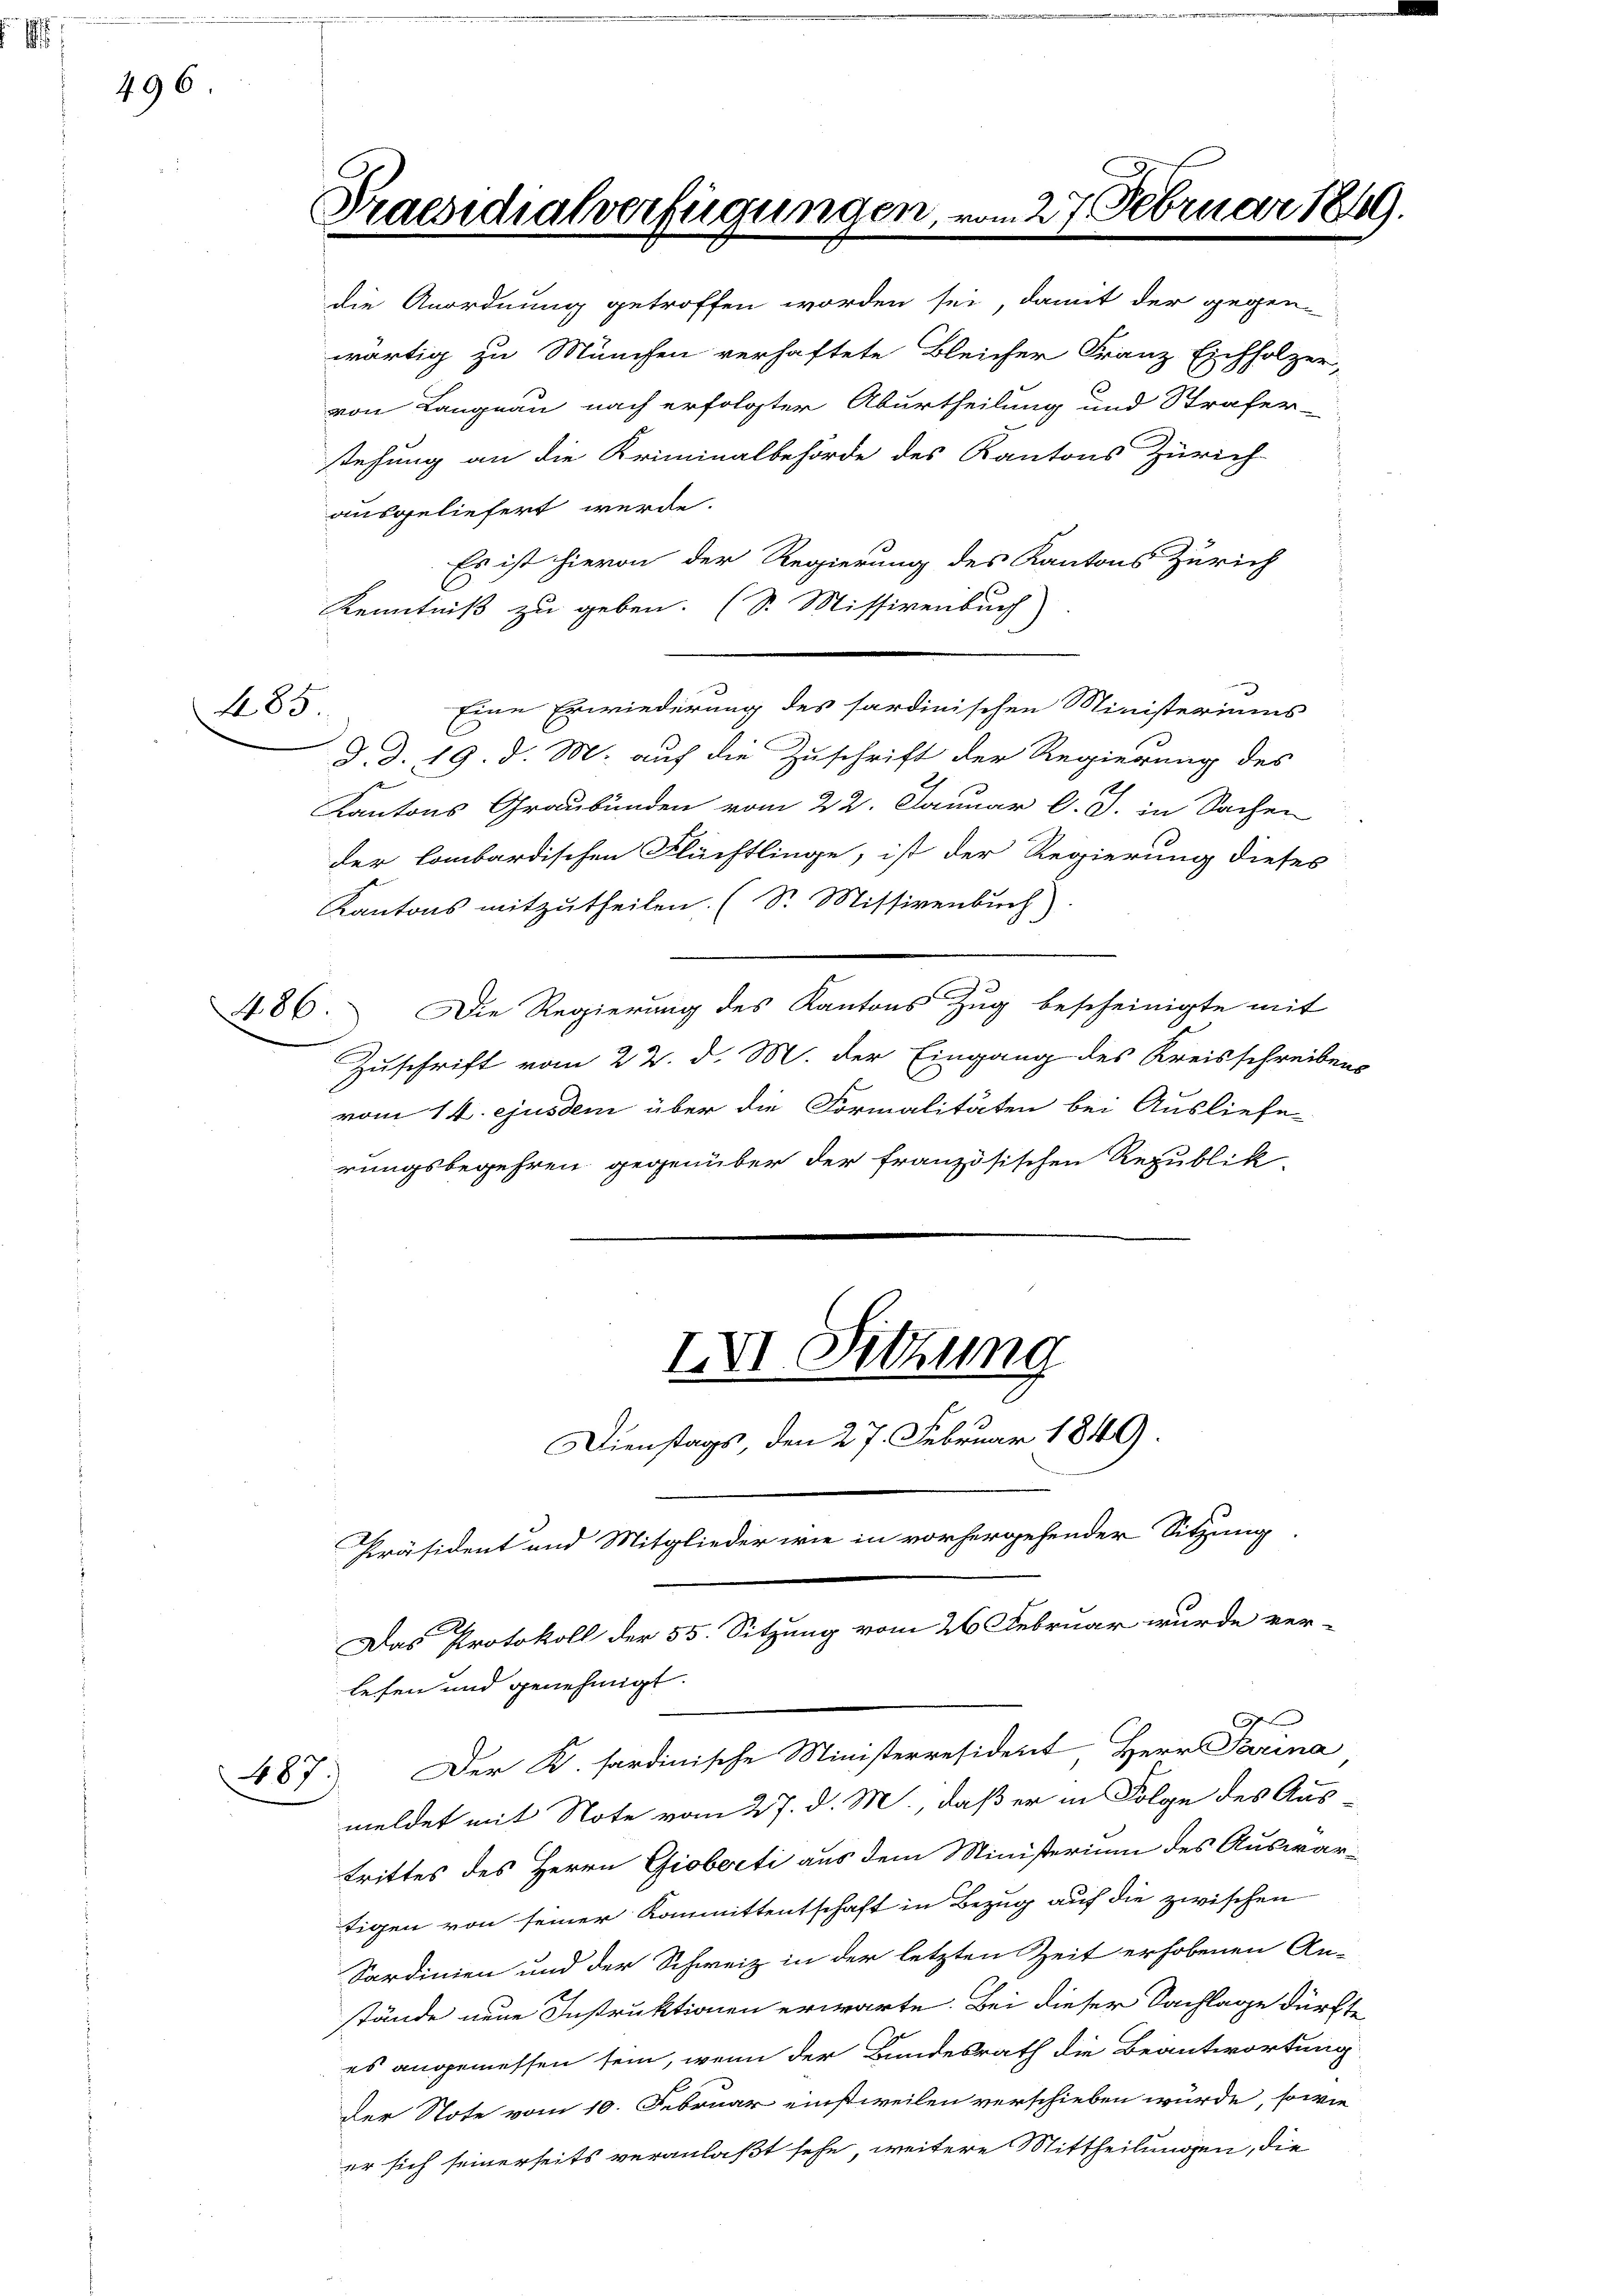
1
496

die Anordnung getroffen worden sei, damit der gegen-
wärtig zu München verhaftete Bleicher Franz Eichholzer,
von Langnau nach erfolgter Aburtheilung und Strafer-
stehung an die Kriminalbehörde des Kantons Zürich
ausgeliefert werde.
Es ist hievon der Regierung des Kantons Zürich
Kenntniß zu geben. (S. Missivenbuch)
Eine Erwiederung des sardinischen Ministeriums
d. d. 19. d. M. auf die Zuschrift der Regierung des
.
Kantons Graubünden vom 22. Januar d. J. in Sachen
der lombardischen Flüchtlinge, ist der Regierung dieses
Kantons mitzutheilen. (Sr. Missivenbuch)
486. Die Regierung des Kantons Zug bescheinigte mit
Zuschrift vom 22. d. M. der Eingang des Kreisschreibens
vom 14. ejusdem über die Formalitäten bei Ausliefe
rungsbegehren gegenüber der französischen Republik
IVI. Sitzung
Dienstags, den 27. Februar 1849.
Präsident und Mitglieder wie in vorhergehender Sitzung.
Das Protokoll der 55. Sitzung vom 26. Februar wurde ver-
lefen und genehmigt.
t
487. Der K. sardinische Ministerresident Herr Parina
meldet mit Note vom 27. d. M, daß er in Folge des Austrittes des Herrn Gioberti aus dem Ministerium des Auswartigen von seiner Kommittentschaft in Bezug auf die zwischen
Sardinien und der Schweiz in der letzten Zeit erhobenen An-
stände neue Instruktionen erwarte. Bei dieser Sachlage dürfte
es angemessen sein, wenn der Bundesrath die Beantwortung
der Note vom 10. Februar einstweilen verschieben würde, sowie
er sich seinerseits veranlaßt sehe, weitere Mittheilungen, die

485

Praesidialverfügunge

27 Februar 1

.